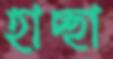
হাচ্ছা